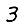
Digit: 3